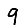
Digit: 9